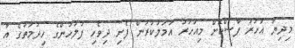
މިދިޔަ އަހަރު ފާސްކޮށް މިއަހަރު އަމަލުކުރަން ފެށި ދިވެހި ފުލުހުންގެ ހިދުމަތުގެ އާ